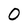
Character: 0